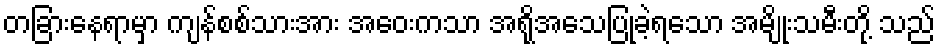
တခြားနေရာမှာ ကျန်စစ်သားအား အဝေးကသာ အရိုအသေပြုခဲ့ရသော အမျိုးသမီးတို့ သည်